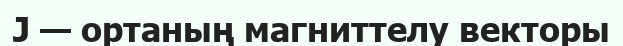
J — ортаның магниттелу векторы